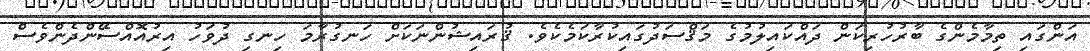
އަންގައި ތިމާމެންގެ ބާރުހުރިކަން ދައްކައިލުމުގެ މަޤްސަދުގައިކުރާކަމެކެވެ. ޤުރައިޝުންނަކަށް ހަނގުރާމަ ހިނގި ދުވަހު އިރުއޮއްސޭންދެންވެސް